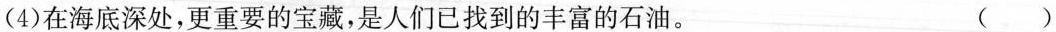
(4)在海底深处，更重要的宝藏，是人们已找到的丰富的石油。 ( )